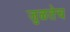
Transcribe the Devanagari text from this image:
जुळतेच